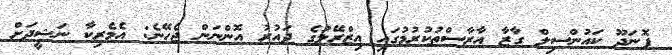
ފޮނަދޫ ކައުންސިލް ގާޒާ އާރާސްތުކުރުމުގައި އިޒްރޭލުގެ ދައުރު އޮންނަން ޖެހޭނެ: އެމެރިކާ ނަޝީދަށް